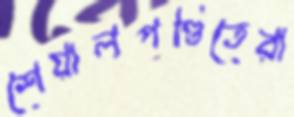
শেয়ালপণ্ডিতেরা